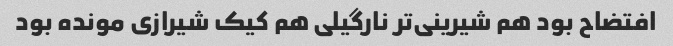
افتضاح بود هم شیرینی‌تر نارگیلی هم کیک شیرازی مونده بود